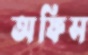
অফিস